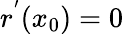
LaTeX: r^{'}(x_{0})=0